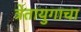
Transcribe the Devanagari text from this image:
त्रेतायुगाचा